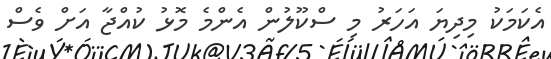
އެކަމަކު މިދިޔަ އަހަރު މި ސްކޫލުން އެންމެ މޮޅު ކުއްޖާ އަށް ވެސް